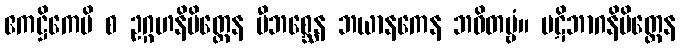
ဧကဋ္ဌိကေပိ စ ဥဂ္ဂဟနိမိတ္တေန ဗီဘစ္ဆေန ဘယာနကေန ဘဝိတဗ္ဗံ။ ပဋိဘာဂနိမိတ္တေန